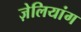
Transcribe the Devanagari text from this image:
ज़ेलियांग